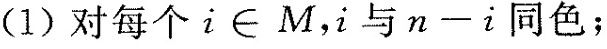
(1)对每个i∈M，i与n-i同色；